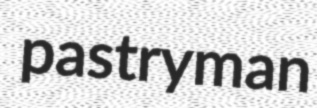
pastryman